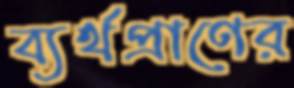
ব্যর্থপ্রাণের